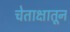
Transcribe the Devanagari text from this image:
चेताक्षातून